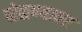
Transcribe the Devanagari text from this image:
पोळण्यावर